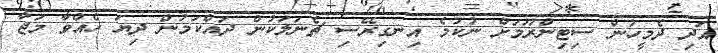
އަދި ދެމީހުން ސިޓިންރޫމަށް ނުކުމެ އިނގިރޭސި ޗެނަލަކުން ދައްކަމުން ދިޔަ ހެއްވާ މަޖާ